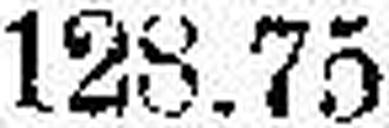
128.75